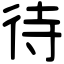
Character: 待